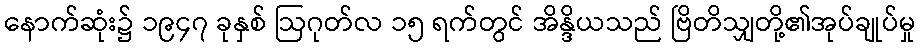
နောက်ဆုံး၌ ၁၉၄၇ ခုနှစ် ဩဂုတ်လ ၁၅ ရက်တွင် အိန္ဒိယသည် ဗြိတိသျှတို့၏အုပ်ချုပ်မှု